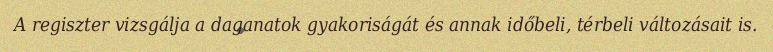
A regiszter vizsgálja a daganatok gyakoriságát és annak időbeli, térbeli változásait is.